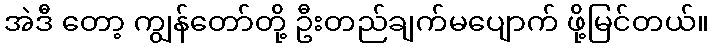
အဲဒီ တော့ ကျွန်တော်တို့ ဦးတည်ချက်မပျောက် ဖို့မြင်တယ်။